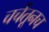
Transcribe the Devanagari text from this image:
चर्चेतूनच